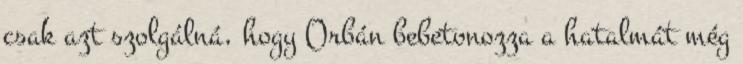
csak azt szolgálná, hogy Orbán bebetonozza a hatalmát még